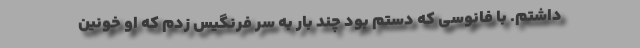
داشتم. با فانوسی که دستم بود چند بار به سر فرنگیس زدم که او خونین